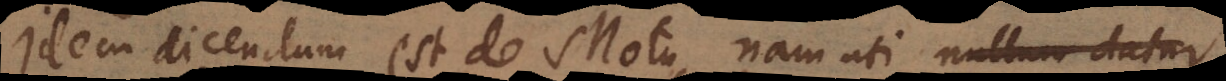
Idem dicendum est de Motu, nam uti nullum datur